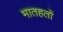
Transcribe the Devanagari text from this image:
मातहतों